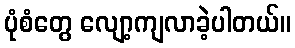
ပုံစံတွေ လျော့ကျလာခဲ့ပါတယ်။